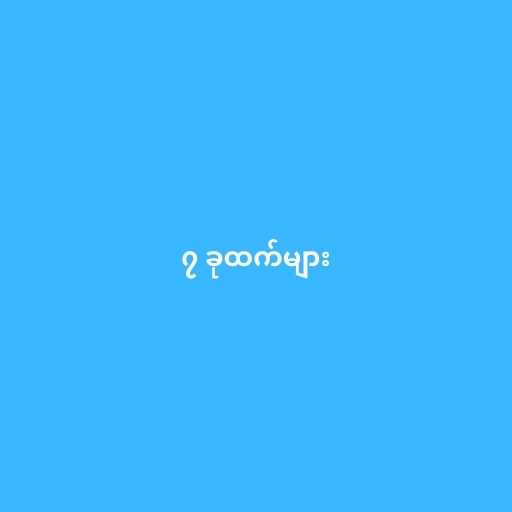
၇ ခုထက်များ